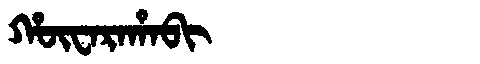
Manchu: ᡥᡡᠸᠠᡵᠠᡥᠠᠪᡳ
Romanization: HŪWARAHABI